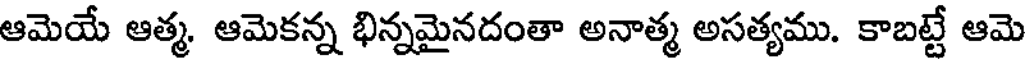
ఆమెయే ఆత్మ. ఆమెకన్న భిన్నమైనదంతా అనాత్మ అసత్యము. కాబట్టే ఆమె